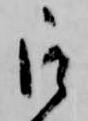
被